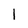
Character: 1